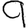
Digit: 9